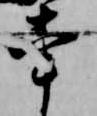
牽